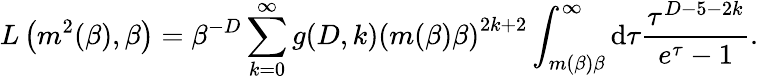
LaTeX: L\left(m^{2}(\beta),\beta\right)=\beta^{-D}\sum_{k=0}^{\infty}g(D,k)\left(m(\beta)\beta\right)^{2k+2}\int_{m(\beta)\beta}^{\infty}\mathrm{d}\tau\frac{{\tau^{D-5-2k}}}{{e^{\tau}-1}}.